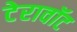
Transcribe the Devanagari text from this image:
टेरावॉट